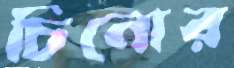
চিনোর